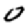
Digit: 0